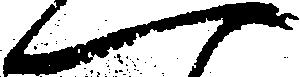
一